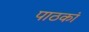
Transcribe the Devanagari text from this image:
पाठकां